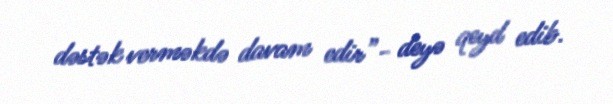
dəstək verməkdə davam edir”- deyə qeyd edib.